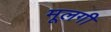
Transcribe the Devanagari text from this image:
मूलगी